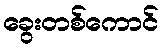
ခွေးတစ်ကောင်